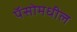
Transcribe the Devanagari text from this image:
पॅसोमधील